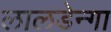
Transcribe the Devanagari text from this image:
लालडेन्गा